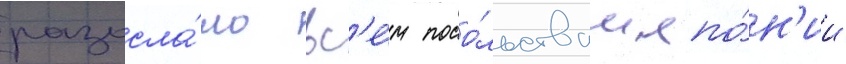
разосла́ло вс'е́м посо́льствам япо́н'ии